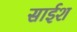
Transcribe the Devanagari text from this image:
साईश